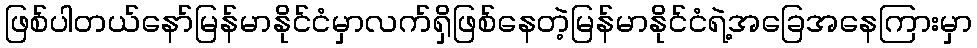
ဖြစ်ပါတယ်နော်မြန်မာနိုင်ငံမှာလက်ရှိဖြစ်နေတဲ့မြန်မာနိုင်ငံရဲ့အခြေအနေကြားမှာ